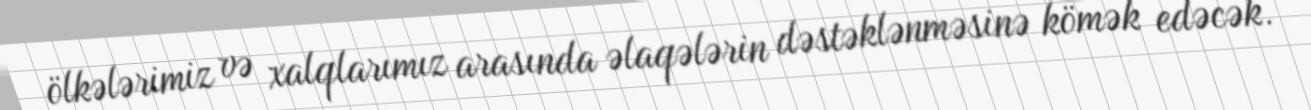
ölkələrimiz və xalqlarımız arasında əlaqələrin dəstəklənməsinə kömək edəcək.